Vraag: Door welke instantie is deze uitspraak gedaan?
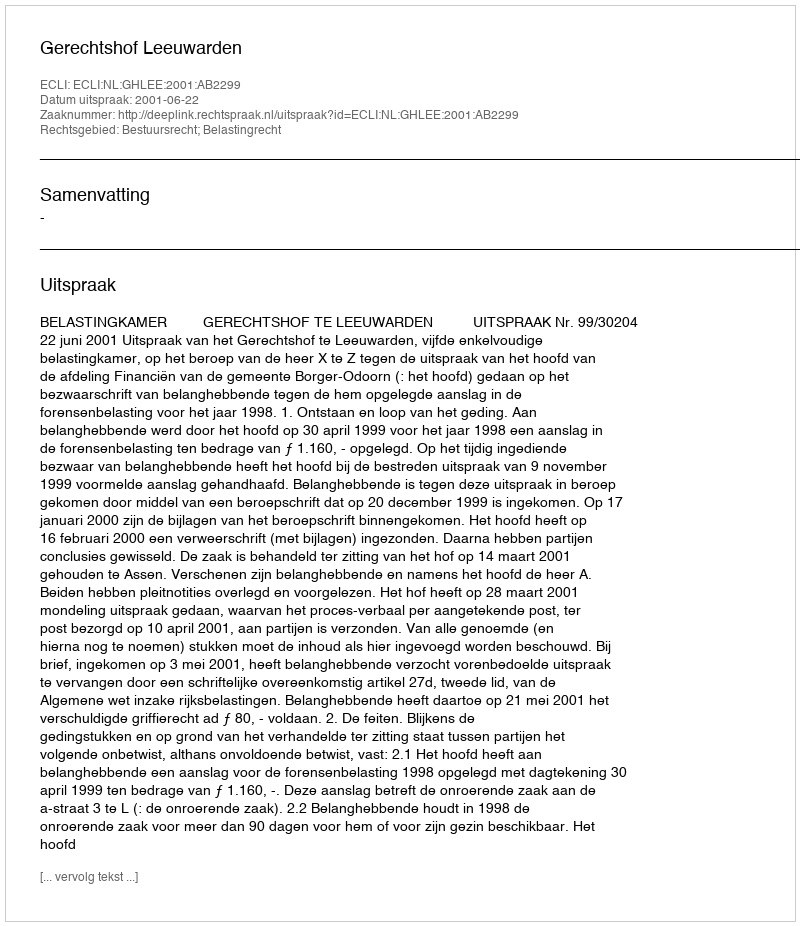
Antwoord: Gerechtshof Leeuwarden